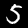
Label: 5